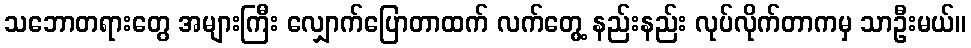
သဘောတရားတွေ အများကြီး လျှောက်ပြောတာထက် လက်တွေ့ နည်းနည်း လုပ်လိုက်တာကမှ သာဦးမယ်။